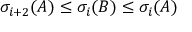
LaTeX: \sigma _ { i + 2 } ( A ) \leq \sigma _ { i } ( B ) \leq \sigma _ { i } ( A )